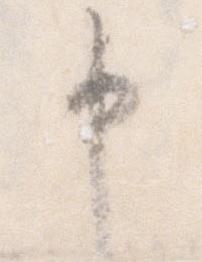
申